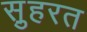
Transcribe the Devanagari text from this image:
स़ुहरत